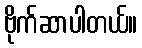
ဗိုက်ဆာပါတယ်။